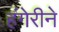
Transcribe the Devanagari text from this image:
हंगेरीने